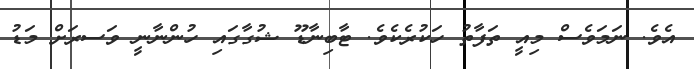
އެވެ. ނަމަވެސް މިއީ ތަފާތު ހަކުރެކެވެ. ޓާބިނާޑޫ ޝުގާގައި ހުންނާނީ ވަސރަށް މަޑު